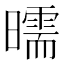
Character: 曘